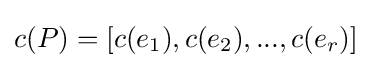
c(P)=[c(e_{1}),c(e_{2}),...,c(e_{r})]